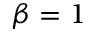
\beta = 1